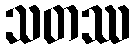
သတဿ